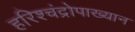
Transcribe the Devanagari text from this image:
हरिश्चंद्रोपाख्यान